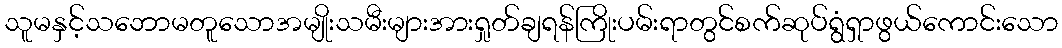
သူမနှင့်သဘောမတူသောအမျိုးသမီးများအားရှုတ်ချရန်ကြိုးပမ်းရာတွင်စက်ဆုပ်ရွံရှာဖွယ်ကောင်းသော